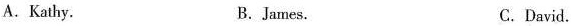
A.Kathy. B.James. C.David.